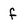
Character: f